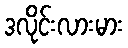
ဒလိုင်းလားမား